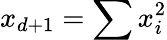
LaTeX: x_{d+1}=\sum x_{i}^{2}